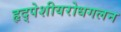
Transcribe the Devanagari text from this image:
हृद्‌पेशीयरोधगलन